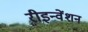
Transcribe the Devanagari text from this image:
रीइन्वेंशन